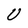
Character: U